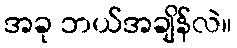
အခု ဘယ်အချိန်လဲ။